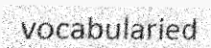
vocabularied